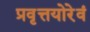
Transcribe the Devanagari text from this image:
प्रवृत्तयोरेवं